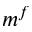
m ^ { f }